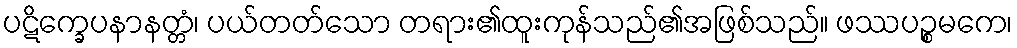
ပဋိက္ခေပနာနတ္တံ၊ ပယ်တတ်သော တရား၏ထူးကုန်သည်၏အဖြစ်သည်။ ဖဿပဉ္စမကေ၊